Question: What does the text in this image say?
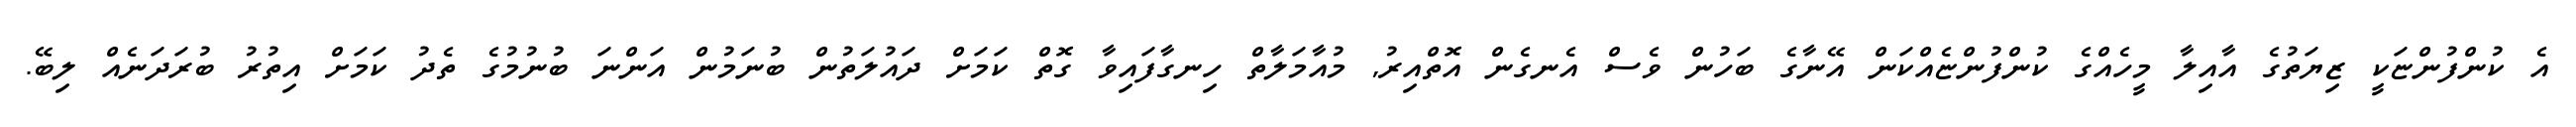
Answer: އެ ކުންފުންޏަކީ ޒިޔަތުގެ އާއިލާ މީހެއްގެ ކުންފުންޏެއްކަން އޭނާގެ ބަހުން ވެސް އެނގެން އޮތްއިރު, މުއާމަލާތް ހިނގާފައިވާ ގޮތް ކަމަށް ދައުލަތުން ބުނަމުން އަންނަ ބުނުމުގެ ތެދު ކަމަށް އިތުރު ބުރަދަނެއް ލިބޭ.